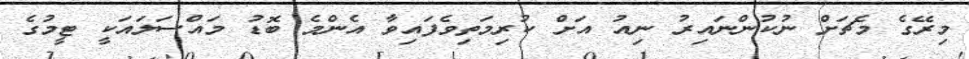
މިރޭގެ މެޗަށް ނުކުންނައިރު ނިއު އަށް ކުރިމަތިވެފައިވާ އެންމެ ބޮޑު މައްސަލައަކީ ޓީމުގެ